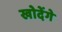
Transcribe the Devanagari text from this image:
खोदेंगे